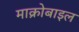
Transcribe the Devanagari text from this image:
माक्रोबाइल